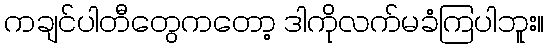
ကချင်ပါတီတွေကတော့ ဒါကိုလက်မခံကြပါဘူး။